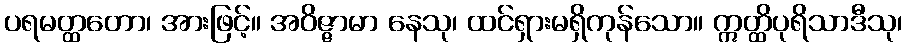
ပရမတ္ထတော၊ အားဖြင့်။ အဝိဇ္ဇာမာ နေသု၊ ထင်ရှားမရှိကုန်သော။ ဣတ္ထိပုရိသာဒီသု၊